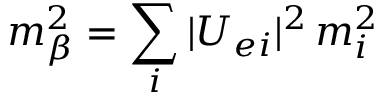
m _ { \beta } ^ { 2 } = \sum _ { i } | U _ { e i } | ^ { 2 } \, m _ { i } ^ { 2 }